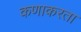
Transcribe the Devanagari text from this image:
कणाकरता